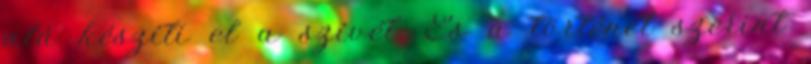
alá készíti el a szívét. És a történet szerint